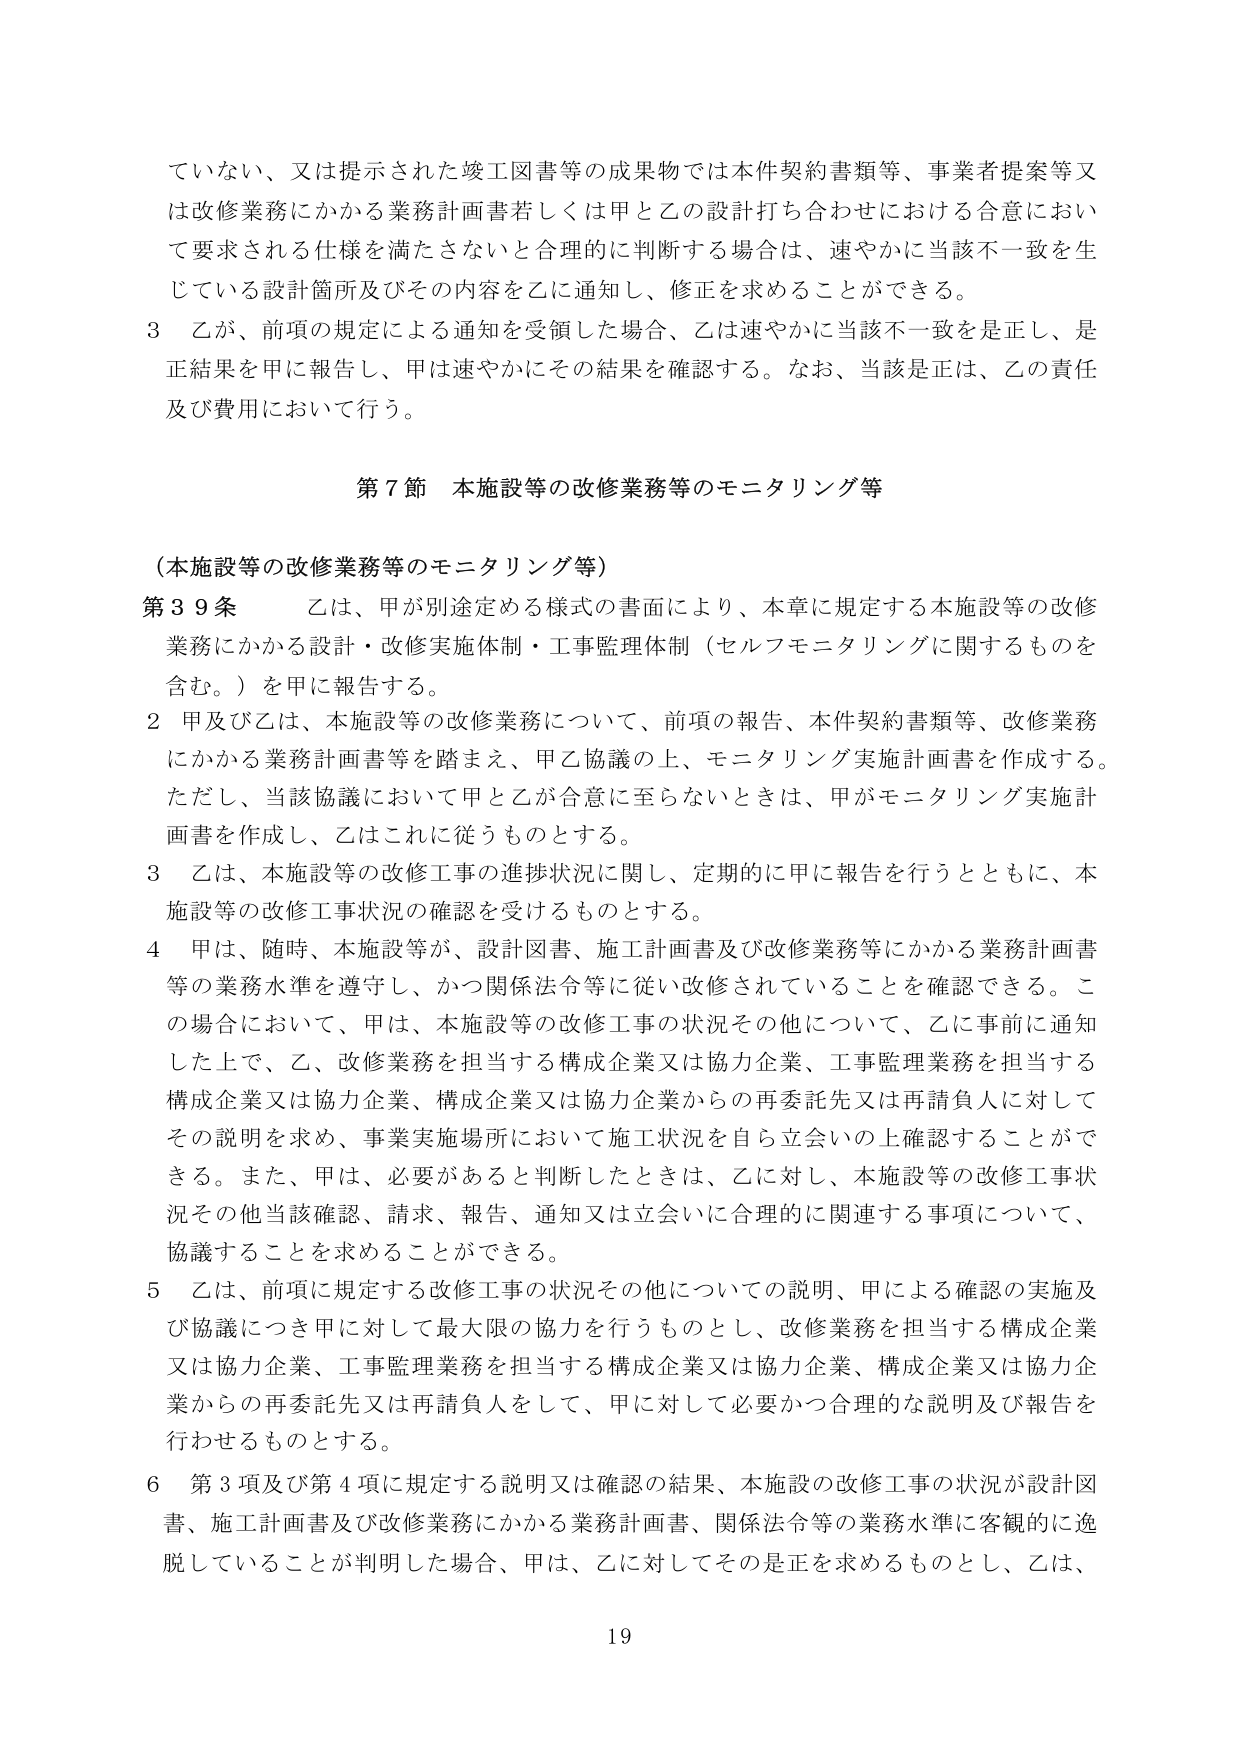
ていない、又は提示された竣工図書等の成果物では本件契約書類等、事業者提案等又は改修業務にかかる業務計画書若しくは甲と乙の設計打ち合わせにおける合意において要求される仕様を満たさないと合理的に判断する場合は、速やかに当該不一致を生じている設計箇所及びその内容を乙に通知し、修正を求めることができる。

3 乙が、前項の規定による通知を受領した場合、乙は速やかに当該不一致を是正し、是正結果を甲に報告し、甲は速やかにその結果を確認する。なお、当該是正は、乙の責任及び費用において行う。

第7節 本施設等の改修業務等のモニタリング等

（本施設等の改修業務等のモニタリング等）

第39条 乙は、甲が別途定める様式の書面により、本章に規定する本施設等の改修業務にかかる設計・改修実施体制・工事監理体制（セルフモニタリングに関するものを含む。）を甲に報告する。

2 甲及び乙は、本施設等の改修業務について、前項の報告、本件契約書類等、改修業務にかかる業務計画書等を踏まえ、甲乙協議の上、モニタリング実施計画書を作成する。ただし、当該協議において甲と乙が合意に至らないときは、甲がモニタリング実施計画書を作成し、乙はこれに従うものとする。

3 乙は、本施設等の改修工事の進捗状況に関し、定期的に甲に報告を行うとともに、本施設等の改修工事状況の確認を受けるものとする。

4 甲は、随時、本施設等が、設計図書、施工計画書及び改修業務等にかかる業務計画書等の業務水準を遵守し、かつ関係法令等に従い改修されていることを確認できる。この場合において、甲は、本施設等の改修工事の状況その他について、乙に事前に通知した上で、乙、改修業務を担当する構成企業又は協力企業、工事監理業務を担当する構成企業又は協力企業、構成企業又は協力企業からの再委託先又は再請負人に対してその説明を求め、事業実施場所において施工状況を自ら立会いの上確認することができる。また、甲は、必要があると判断したときは、乙に対し、本施設等の改修工事状況その他当該確認、請求、報告、通知又は立会いに合理的に関連する事項について、協議することを求めることができる。

5 乙は、前項に規定する改修工事の状況その他についての説明、甲による確認の実施及び協議につき甲に対して最大限の協力を行うものとし、改修業務を担当する構成企業又は協力企業、工事監理業務を担当する構成企業又は協力企業、構成企業又は協力企業からの再委託先又は再請負人をして、甲に対して必要かつ合理的な説明及び報告を行わせるものとする。

6 第3項及び第4項に規定する説明又は確認の結果、本施設の改修工事の状況が設計図書、施工計画書及び改修業務にかかる業務計画書、関係法令等の業務水準に客観的に逸脱していることが判明した場合、甲は、乙に対してその是正を求めるものとし、乙は、

19